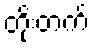
တိုးတက်